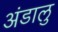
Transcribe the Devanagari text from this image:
अंडालु